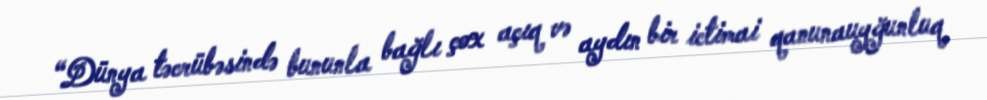
“Dünya təcrübəsində bununla bağlı çox açıq və aydın bir ictimai qanunauyğunluq